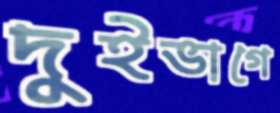
দুইভাগে